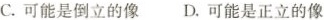
C.可能是倒立的像D.可能是正立的像